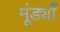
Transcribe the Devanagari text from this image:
मूंड्याँ